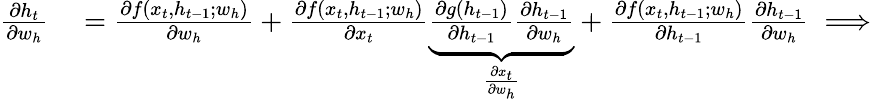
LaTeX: \begin{array}{rl}{\frac{\partial h_{t}}{\partial w_{h}}}&{{}=\frac{\partial f(x_{t},h_{t-1};w_{h})}{\partial w_{h}}+\frac{\partial f(x_{t},h_{t-1};w_{h})}{\partial x_{t}}\underbrace{\frac{\partial g(h_{t-1})}{\partial h_{t-1}}\frac{\partial h_{t-1}}{\partial w_{h}}}_{\frac{\partial x_{t}}{\partial w_{h}}}+\frac{\partial f(x_{t},h_{t-1};w_{h})}{\partial h_{t-1}}\frac{\partial h_{t-1}}{\partial w_{h}}\implies}\end{array}